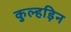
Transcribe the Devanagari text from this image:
कुल्‍हड़िन